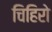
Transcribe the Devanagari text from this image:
चिहिरो